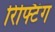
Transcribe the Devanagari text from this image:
रिफ्टिंग